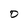
Character: 0